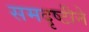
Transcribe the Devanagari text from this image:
समदृष्टीने